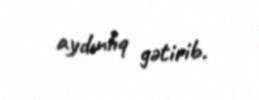
aydınlıq gətirib.